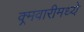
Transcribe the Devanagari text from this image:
क्र्मवारीमध्ये